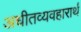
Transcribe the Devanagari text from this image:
अधीतव्यवहारार्थं